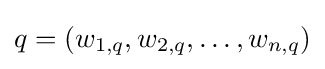
q=(w_{1,q},w_{2,q},\dotsc ,w_{n,q})